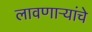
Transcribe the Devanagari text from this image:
लावणाऱ्यांचे